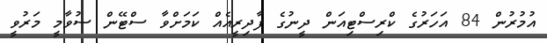
އުމުރުން 84 އަހަރުގެ ކްރިސްޓިއަން ދީނުގެ ފާދިރީއެއް ކަމަށްވާ ސްޓޭން ސުވާމީ މަރުވީ